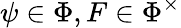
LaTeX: \psi\in\Phi,F\in\Phi^{\times}